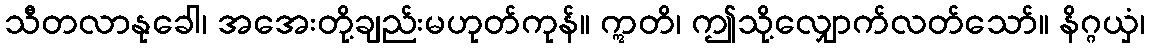
သီတလာနုခေါ၊ အအေးတို့ချည်းမဟုတ်ကုန်။ ဣတိ၊ ဤသို့လျှောက်လတ်သော်။ နိဂ္ဂယှံ၊